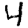
Digit: 4